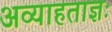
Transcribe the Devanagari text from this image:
अव्याहताज्ञः